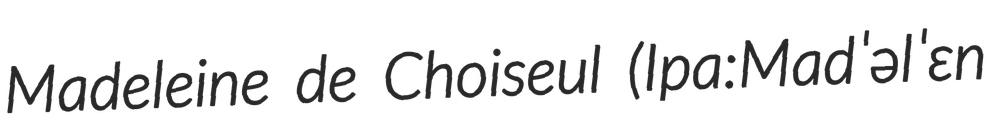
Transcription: Madeleine de Choiseul (Ipa:Madˈəlˈɛn